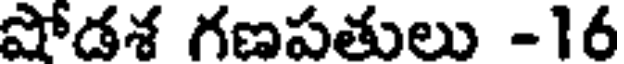
షోడశ గణపతులు -16